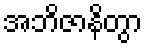
အဘိဇာနိတွာ